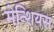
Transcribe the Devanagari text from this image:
मेन्शियस